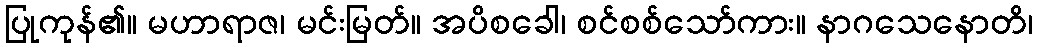
ပြုကုန်၏။ မဟာရာဇ၊ မင်းမြတ်။ အပိစခေါ၊ စင်စစ်သော်ကား။ နာဂသေနောတိ၊